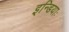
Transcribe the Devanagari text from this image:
इन्डियाः